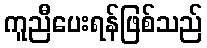
ကူညီပေးရန်ဖြစ်သည်